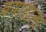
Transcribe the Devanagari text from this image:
बगाडाला